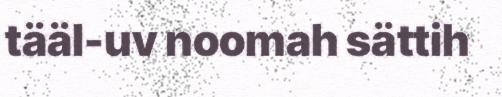
tääl-uv noomah sättih